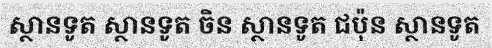
ស្ថានទូត ស្ថានទូត ចិន ស្ថានទូត ជប៉ុន ស្ថានទូត